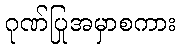
ဂုဏ်ပြုအမှာစကား